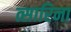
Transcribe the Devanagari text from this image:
त्सारिना